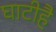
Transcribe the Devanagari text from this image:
घाटीहै